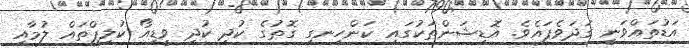
އަޑުތައްވަނީ ގަދަވެފައެވެ. އޮޑިޝަންތަކުގައި ކަންހިނގި ގޮތުގެ ކުދި ކުދި ވީޑިއޯ ކުލިޕްތައް ލުމާއި